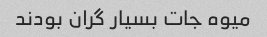
میوه جات بسیار گران بودند